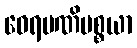
ဝေရမဏိပစ္စယာ